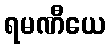
ရမဏီယေ